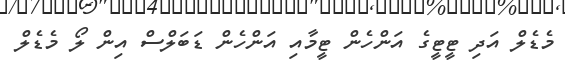
މެޑެލް އަދި ޓީޓީގެ އަންހެން ޓީމާއި އަންހެން ޑަބަލްސް އިން ލޯ މެޑެލް